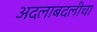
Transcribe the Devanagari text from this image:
अदलाबदलीचा